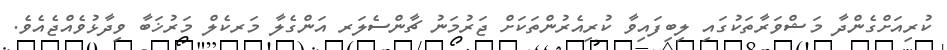
ކުރިއަށްގެންދާ މަޝްވަރާތަކުގައި ލިބިފައިވާ ކުރިއެރުންތަކަށް ޖަރުމަނު ޗާންސެލަރ އަންގެލާ މަރކެލް މަރުޚަބާ ވިދާޅުވެއްޖެއެވެ.